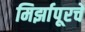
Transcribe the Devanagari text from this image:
मिर्झापूरचे